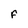
Character: F